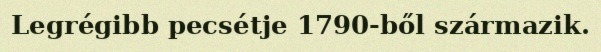
Legrégibb pecsétje 1790-ből származik.